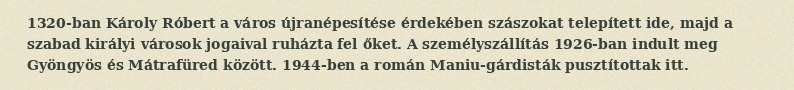
1320-ban Károly Róbert a város újranépesítése érdekében szászokat telepített ide, majd a szabad királyi városok jogaival ruházta fel őket. A személyszállítás 1926-ban indult meg Gyöngyös és Mátrafüred között. 1944-ben a román Maniu-gárdisták pusztítottak itt.